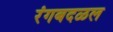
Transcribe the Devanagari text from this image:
रंगबदळल